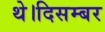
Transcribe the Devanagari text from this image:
थे।दिसम्बर